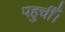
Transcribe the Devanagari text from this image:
पहुचीँ।